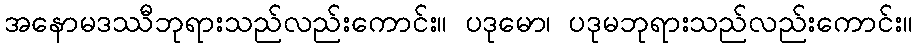
အနောမဒဿီဘုရားသည်လည်းကောင်း။ ပဒုမော၊ ပဒုမဘုရားသည်လည်းကောင်း။